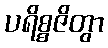
ပရိစ္စဇိတွာ